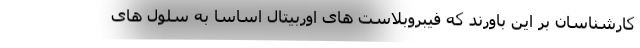
کارشناسان بر این باورند که فیبروبلاست های اوربیتال اساسا به سلول های